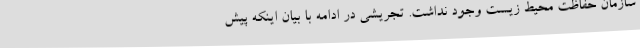
سازمان حفاظت محیط زیست وجود نداشت. تجریشی در ادامه با بیان اینکه پیش